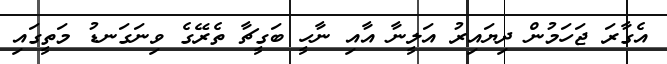
އެގާރަ ޖަހަމުން ދިޔައިރު އަލީނާ އާއި ނާހީ ބަގީޗާ ތެރޭގެ ވިނަގަނޑު މަތީގައި